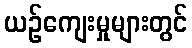
ယဉ်ကျေးမှုများတွင်